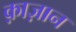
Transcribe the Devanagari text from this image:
क़ाज़ान